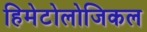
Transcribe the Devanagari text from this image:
हिमेटोलोजिकल